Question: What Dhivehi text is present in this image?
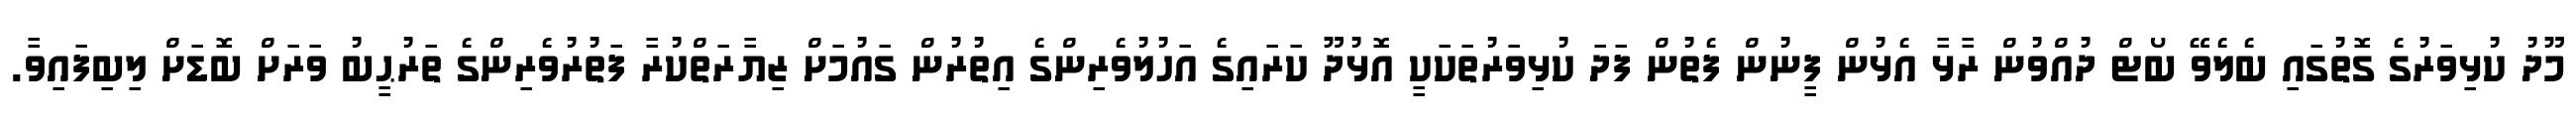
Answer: މޫދު ކުޅިވަރުގެ ގޮތުގައި ބެލެވޭ ބޯޓް ދުއްވުން ރާޅާ އެޅުން ފީނުން ފެތުން ފަދަ ކުޅިވަރުތަކަކީ އޮޅުދޫ ކަރައިގެ އަހުލުވެރިންގެ އިތުރުން ގައުމަށް ޒިޔާރަތްކުރާ ފަތުރުވެރިންގެ ތަރުޙީބު ވަރަށް ބޮޑަށް ލިބިފައިވާ.